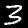
Label: 3